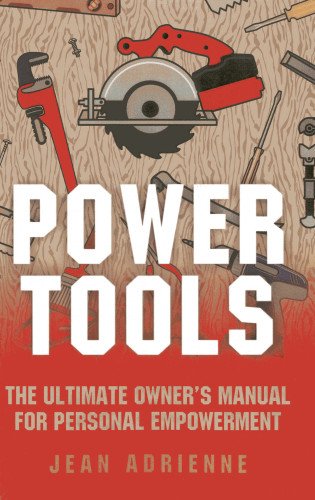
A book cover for Power Tools: The Ultimate Owner's Manual For Personal Empowerment; Jean Adrienne; Health, Fitness & Dieting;